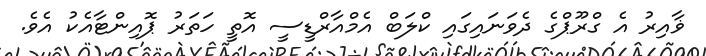
ޥާއިރު އެ ގްރޫޕްގެ ދެވަނައިގައި ކްލަބް އެމްއާރްޑީސީ އޮތީ ހަތަރު ޕޮއިންޓާއެކު އެވެ.